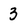
Character: 3